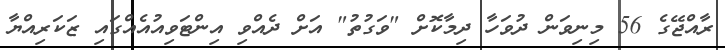
ރާއްޖޭގެ 56 މިނިވަން ދުވަހާ ދިމާކޮށް "ވަގުތު" އަށް ދެއްވި އިންޓަވިއުއެއްގައި ޒަކަރިއްޔާ